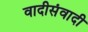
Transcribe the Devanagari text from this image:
वादीसंवादी